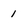
Character: 1